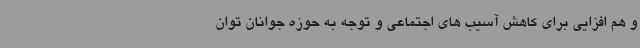
و هم افزایی برای کاهش آسیب های اجتماعی و توجه به حوزه جوانان توان